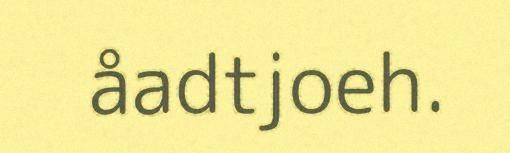
åadtjoeh.